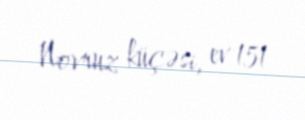
Novruz küçəsi, ev 151